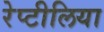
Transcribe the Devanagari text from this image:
रेप्टीलिया